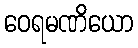
ဝေရမဏိယော